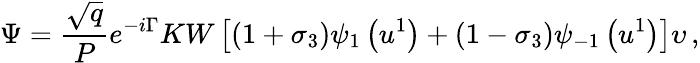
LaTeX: \Psi=\frac{\sqrt{q}}{P}e^{-i\Gamma}KW\left[\left(1+\sigma_{3}\right)\psi_{1}\left(u^{1}\right)+\left(1-\sigma_{3}\right)\psi_{-1}\left(u^{1}\right)\right]\upsilon\, ,